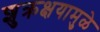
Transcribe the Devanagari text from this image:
शुक्रक्षयामुळे